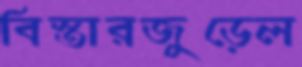
বিস্তারজুড়েল